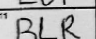
Transcription: BLR